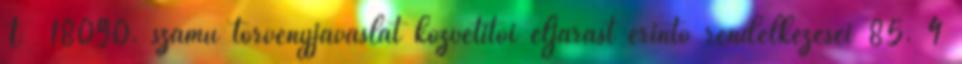
T 18090. számú törvényjavaslat közvetítői eljárást érintő rendelkezései 85. 4